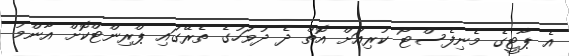
އެ ޕާޓީގެ މެނިފެސްޓޯ ކުރިއަށް އޮތް ދެ ދުވަހުގެ ތެރޭގައި ޕްރިންޓްކޮށް އާންމު